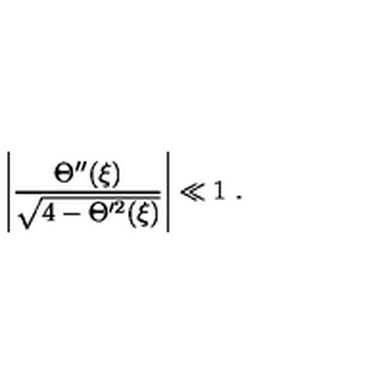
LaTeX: \left| \frac { \Theta ^ { \prime \prime } ( \xi ) } { \sqrt { 4 - \Theta ^ { \prime 2 } ( \xi ) } } \right| \ll 1 \ .